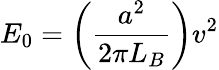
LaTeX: E_{0}=\left({\frac{a^{2}}{2\pi L_{B}}}\right)v^{2}